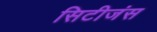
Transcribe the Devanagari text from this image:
सिटीजंस